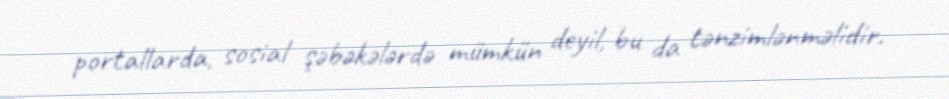
portallarda, sosial şəbəkələrdə mümkün deyil, bu da tənzimlənməlidir.